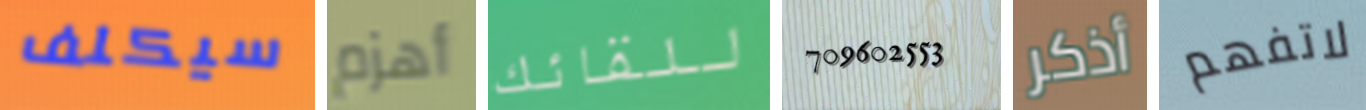
سيكلف أهزم للقائك 709602553 أذكر لاتفهم